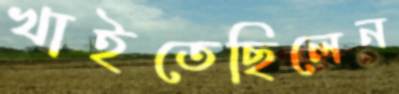
খাইতেছিলেন